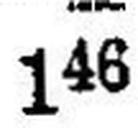
146